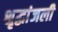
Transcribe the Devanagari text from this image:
श्रृद्धांजली